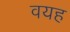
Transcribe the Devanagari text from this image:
वयह